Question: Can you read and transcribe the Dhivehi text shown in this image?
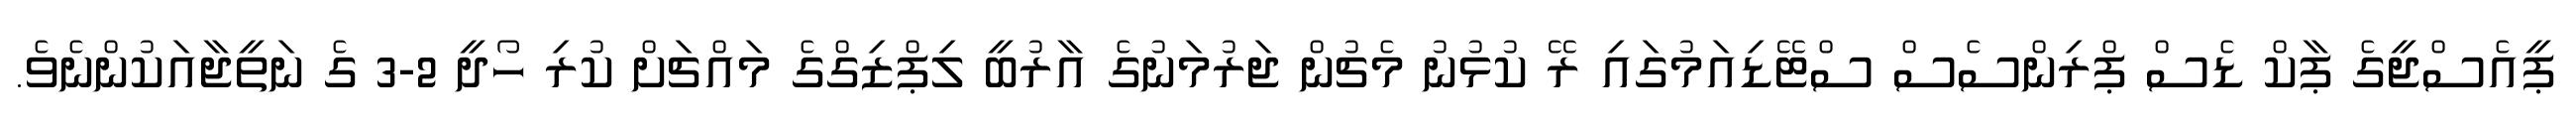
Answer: ޕީއެސްޖީގެ ޕާކް ޑެސް ޕްރިންސެސް ސްޓޭޑިއަމުގައި ރޭ ކުޅުނު މެޗުން ޖަރުމަނުގެ އާރުބީ ލިޕްޒިގްގެ މައްޗަށް ކުރި ހޯދީ 2-3 ގެ ނަތީޖާއަކުންނެވެ.